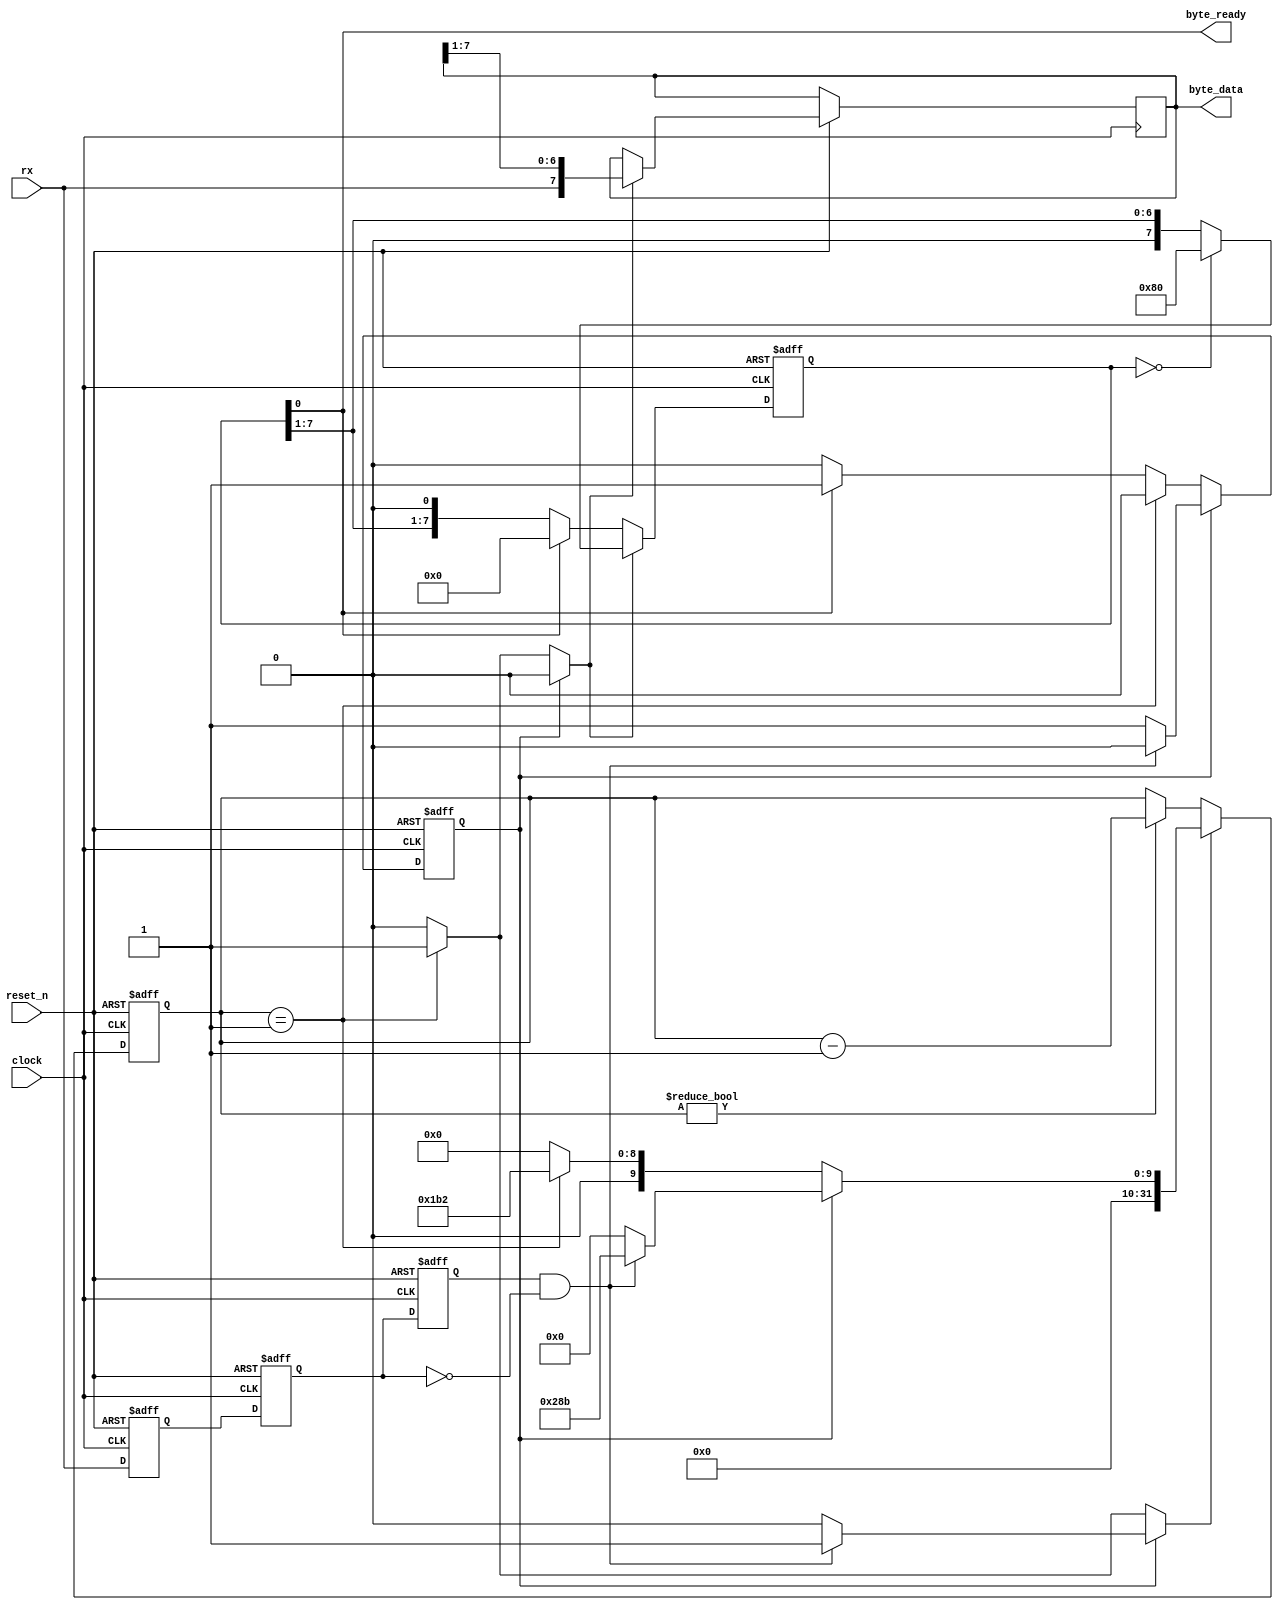
module mfp_uart_receiver
(
    input  clock,                                                            // System Clock of 50 Mhz
    input  reset_n,                                                          // Resetn -Active low 
    input  rx,                                                               // Serial Data from WI-FI Module
    output reg [7:0] byte_data,                                              // 8 bit value =(represents either 0 or 1)
    output           byte_ready                                              // When 8 bits data is transmitted byte_ready is asserted
);

    parameter  clock_frequency        = 50000000;                            // System Clock of 50 Mhz
 
    parameter  baud_rate              = 115200;                              // Baud Rate of the WI-FI Module is 115200
    localparam clock_cycles_in_symbol = clock_frequency / baud_rate;         // Ratio of the System CLock to the Baud Rate to indicate the Clocks ber bit the data is valid

   
    reg rx_sync1, rx_sync;                                                   // Synchronize rx input to clock

    always @(posedge clock or negedge reset_n)
    begin
        if (~reset_n)                                                        // If Reset is asserted 
        begin
            rx_sync1 <= 1;                                                   // Rx Sync 1 input set to 1 
            rx_sync  <= 1;                                                   // Rx Sync   input set to 1 
        end
        else                                                             
        begin
            rx_sync1 <= rx;                                                  // RX_Sync 1 is set to RX
            rx_sync  <= rx_sync1;                                            // RX_Sync is et ot RX_SYNC_1 
        end
    end

   

    reg prev_rx_sync;                                                         // Finding edge for start bit

    always @(posedge clock or negedge reset_n)
    begin
        if (~reset_n)
            prev_rx_sync <= 1;
        else
            prev_rx_sync <= rx_sync;
    end

    wire start_bit_edge = prev_rx_sync & ! rx_sync;

   

    reg [31:0] counter;                                                        // Counter to measure distance between symbols
    reg        load_counter;
    reg [31:0] load_counter_value;

    always @(posedge clock or negedge reset_n)                                 // Counter to hold a state for (System_Clock/Baud Rate) Cyles
    begin
        if (~reset_n)                                                          // If Reset is Asserted
            counter <= 0;                                                      // Counter is set to 0 
        else if (load_counter)
            counter <= load_counter_value;
        else if (counter != 0)
            counter <= counter - 1;
    end

    wire counter_done = counter == 1;

    

    reg       shift;                                                           // Shift register to accumulated data
    reg [7:0] shifted_1;                                                       // 8 bit reg to store value of shifted Serial bits
    assign    byte_ready = shifted_1 [0];                                      // If all 8 bits are shifted, byte ready is asserted high 

    always @(posedge clock or negedge reset_n)                                 // State Traversal 
    begin
        if (~reset_n)                                                          // If reset is asserted 
        begin
            shifted_1 <= 0;                                                    // Shift is set to 0 
        end
        else if (shift)                                                        // If Shift is assserted 
        begin
            if (shifted_1 == 0)
                shifted_1 <= 8'b10000000;
            else
                shifted_1 <= shifted_1 >> 1;                                   // Shift Input bit by bit and store it

            byte_data <= { rx, byte_data [7:1] };
        end
        else if (byte_ready)                                                  // If Byte Ready , all 8 bits are shifted in 
        begin
            shifted_1 <= 0;                                                   // Clear SHifted to 0 
        end
    end

    reg idle, idle_r;

    always @(*)                                                              // State Machine for determining State for the UART Timing 
    begin                                                                     
        idle  = idle_r;
        shift = 0;

        load_counter        = 0;
        load_counter_value  = 0;

        if (idle)                                                             // Idle State- Poll for Start Bit 
        begin
            if (start_bit_edge)                                               // If Start bit is 1 
            begin
                load_counter       = 1;                                       // Load Counter is set to 1 
                load_counter_value = clock_cycles_in_symbol * 3 / 2;          // Symbols divide by 2 to get the center of the symbol where value is stable
           
                idle = 0;
            end
        end
        else if (counter_done)                                                // if all 8 bits are transmitted assert counter done
        begin
            shift = 1;

            load_counter       = 1; 
            load_counter_value = clock_cycles_in_symbol;                    // Process the values 
        end
        else if (byte_ready)                                                // if Byte Ready, the conversion is done 
        begin
            idle = 1;                                                       // Return to idle 
        end
    end

    always @(posedge clock or negedge reset_n)                              // Reset Condition 
    begin
        if (~reset_n)                                                       // If Reset is asserted
            idle_r <= 1;                                                    // State is Idle 
        else
            idle_r <= idle;                                                 // Keep polling in Idle state 
    end

endmodule